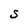
Character: S